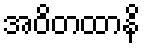
အဝိတထာနိ